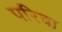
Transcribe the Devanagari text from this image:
परिवा